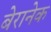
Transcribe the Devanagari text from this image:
बेरानेक